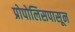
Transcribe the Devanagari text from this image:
प्रोपोलिसपासून